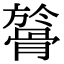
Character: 𩩘